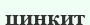
цинкит